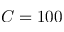
C = 1 0 0